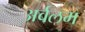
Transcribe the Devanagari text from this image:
अर्वलम